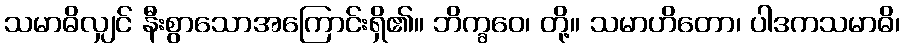
သမာဓိလျှင် နီးစွာသောအကြောင်းရှိ၏။ ဘိက္ခဝေ၊ တို့။ သမာဟိတော၊ ပါဒကသမာဓိ၊